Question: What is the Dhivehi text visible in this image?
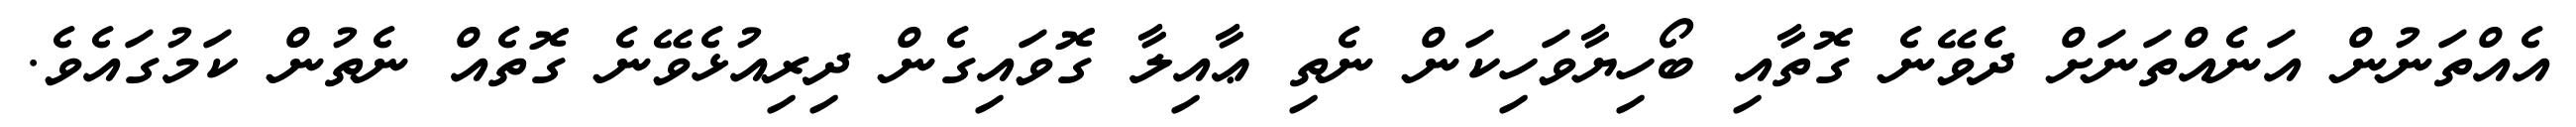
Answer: އެއްތަނުން އަނެއްތަނަށް ދެވޭނެ ގޮތާއި ބޯހިޔާވަހިކަން ނެތި ޢާއިލާ ގޮވައިގެން ދިރިއުޅެވޭނެ ގޮތެއް ނެތުން ކަމުގައެވެ.